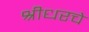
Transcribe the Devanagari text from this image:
श्रीधरचे